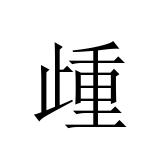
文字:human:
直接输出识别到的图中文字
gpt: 歱